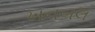
ખનબલ